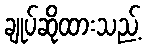
ချုပ်ဆိုထားသည့်